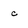
Character: c